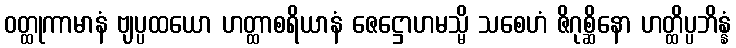
ဝတ္ထုကာမာနံ ဗျပ္ပထယော ဟတ္ထာစရိယာနံ ဇေဋ္ဌောဟမသ္မိ သစေဟံ ဇိဂုစ္ဆိနော ဟတ္ထိပ္ပဘိန္နံ